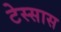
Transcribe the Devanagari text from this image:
टेस्सास